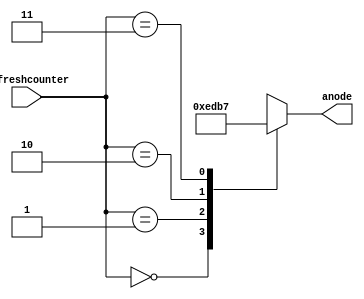
`timescale 1ns / 1ps
//////////////////////////////////////////////////////////////////////////////////
// Company: 
// Engineer: 
// 
// Design Name: 
// Module Name: anode_controller
// Project Name: 
// Target Devices: 
// Tool Versions: 
// Description: 
// 
// Dependencies: 
// 
// Revision:
// Revision 0.01 - File Created
// Additional Comments:
// 
//////////////////////////////////////////////////////////////////////////////////

module anode_controller(
input [1:0] refreshcounter, 
output reg[3:0] anode=0
    );
always@(refreshcounter)
 begin 
   case(refreshcounter)
  2'b00: 
    anode= 4'b1110;
  2'b01: 
    anode= 4'b1101;
  2'b10: 
     anode= 4'b1011;
  2'b11: 
     anode= 4'b0111;
    endcase
 end     
endmodule